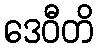
ဒေဝီတိ